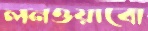
লনওয়াবো